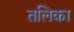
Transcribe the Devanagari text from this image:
तलिका